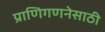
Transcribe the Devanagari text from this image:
प्राणिगणनेसाठी